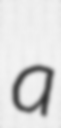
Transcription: a